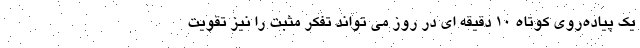
یک پیاده‌روی کوتاه 10 دقیقه ای در روز می تواند تفکر مثبت را نیز تقویت